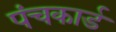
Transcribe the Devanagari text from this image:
पंचकार्ड